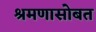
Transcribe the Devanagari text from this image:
श्रमणासोबत